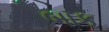
બાક